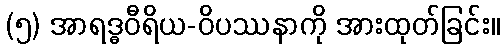
(၅) အာရဒ္ဓဝီရိယ-ဝိပဿနာကို အားထုတ်ခြင်း။